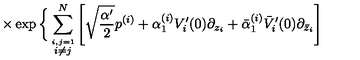
\times \exp \bigg \{ \sum _ { \stackrel { i , j = 1 } { i \neq j } } ^ { N } \left[ \sqrt { \frac { \alpha ^ { \prime } } { 2 } } p ^ { ( i ) } + \alpha _ { 1 } ^ { ( i ) } V _ { i } ^ { \prime } ( 0 ) \partial _ { z _ { i } } + \bar { \alpha } _ { 1 } ^ { ( i ) } \bar { V } _ { i } ^ { \prime } ( 0 ) \partial _ { \bar { z } _ { i } } \right]